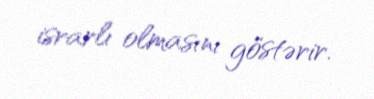
israrlı olmasını göstərir.